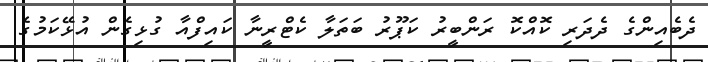
ދެބެއިންގެ ދެދަރި ކޮއްކޮ ރަންބީރު ކަޕޫރު ބަތަލާ ކެޓްރީނާ ކައިފްއާ ގުޅިގެން އުޅޭކަމުގެ